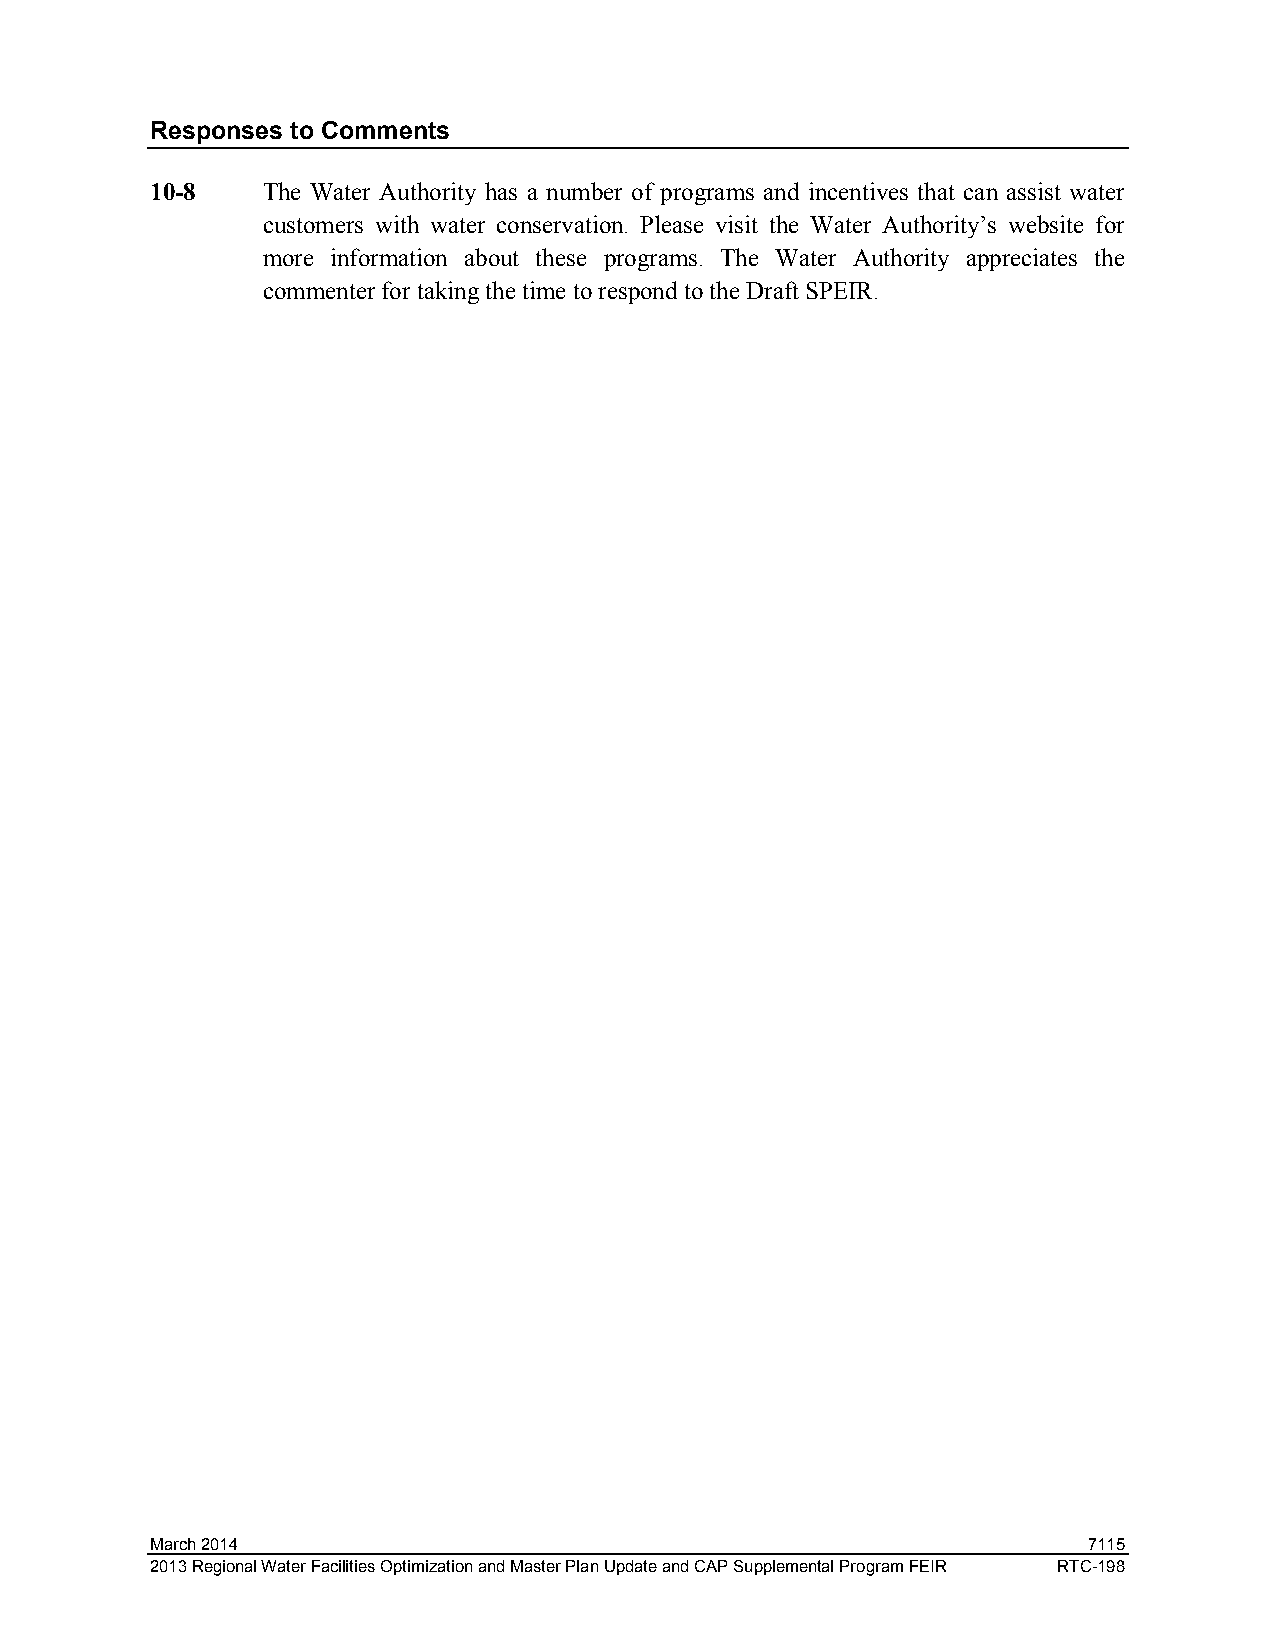
Responses to Comments
 10-8   The Water Authority has a number of programs and incentives that can assist water
 customers with water conservation. Please visit the Water Authority’s website for
 more information about these programs. The Water Authority appreciates the
 commenter for taking the time to respond to the Draft SPEIR.
 March 2014                                                    7115
 2013 Regional Water Facilities Optimization and Master Plan Update and CAP Supplemental Program FEIR RTC-198